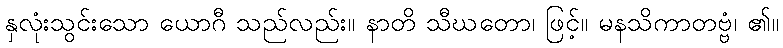
နှလုံးသွင်းသော ယောဂီ သည်လည်း။ နာတိ သီဃတော၊ ဖြင့်။ မနသိကာတဗ္ဗံ၊ ၏။